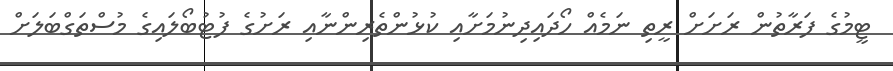
ޓީމުގެ ފަރާތުން ރަށަށް ރީތި ނަމެއް ހޯދައިދިނުމަށާއި ކުޅުންތެރިންނާއި ރަށުގެ ފުޓުބޯލައިގެ މުސްތަގްބަލަށް